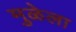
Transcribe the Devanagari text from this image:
मुळेला